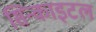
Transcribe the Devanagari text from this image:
सिन्काइटल